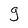
Character: g